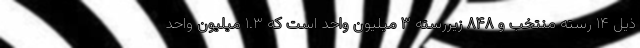
ذیل ۱۴ رسته منتخب و ۸۴۸ زیررسته ۳ میلیون واحد است که ۱.۳ میلیون واحد